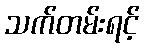
သက်တမ်းရင့်